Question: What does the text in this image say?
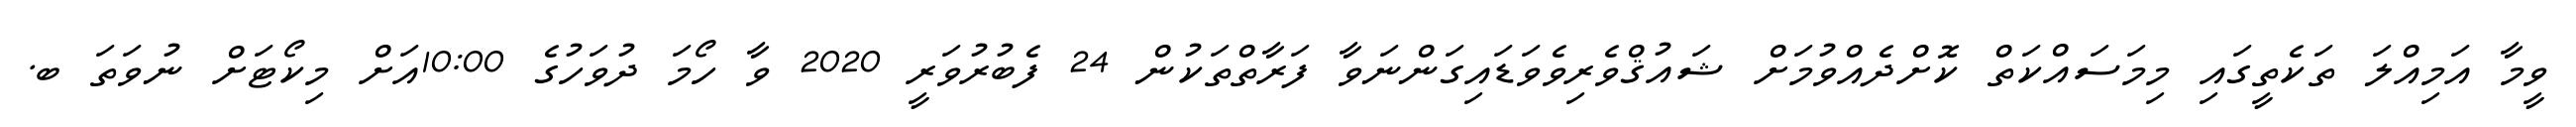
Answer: ވީމާ އަމިއްލަ ތަކެތީގައި މިމަސައްކަތް ކޮށްދެއްވުމަށް ޝައުޤްވެރިވެވަޑައިގަންނަވާ ފަރާތްތަކުން 24 ފެބުރުވަރީ 2020 ވާ ހޯމަ ދުވަހުގެ 10:00އަށް މިކޯޓަށް ނުވަތަ ބ.